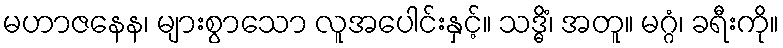
မဟာဇနေန၊ များစွာသော လူအပေါင်းနှင့်။ သဒ္ဓိံ၊ အတူ။ မဂ္ဂံ၊ ခရီးကို။